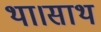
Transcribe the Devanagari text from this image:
था।साथ